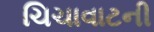
ચિચાવાટની